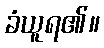
ခံယူရ၏။